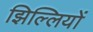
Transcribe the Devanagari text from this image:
झिल्‍लियों